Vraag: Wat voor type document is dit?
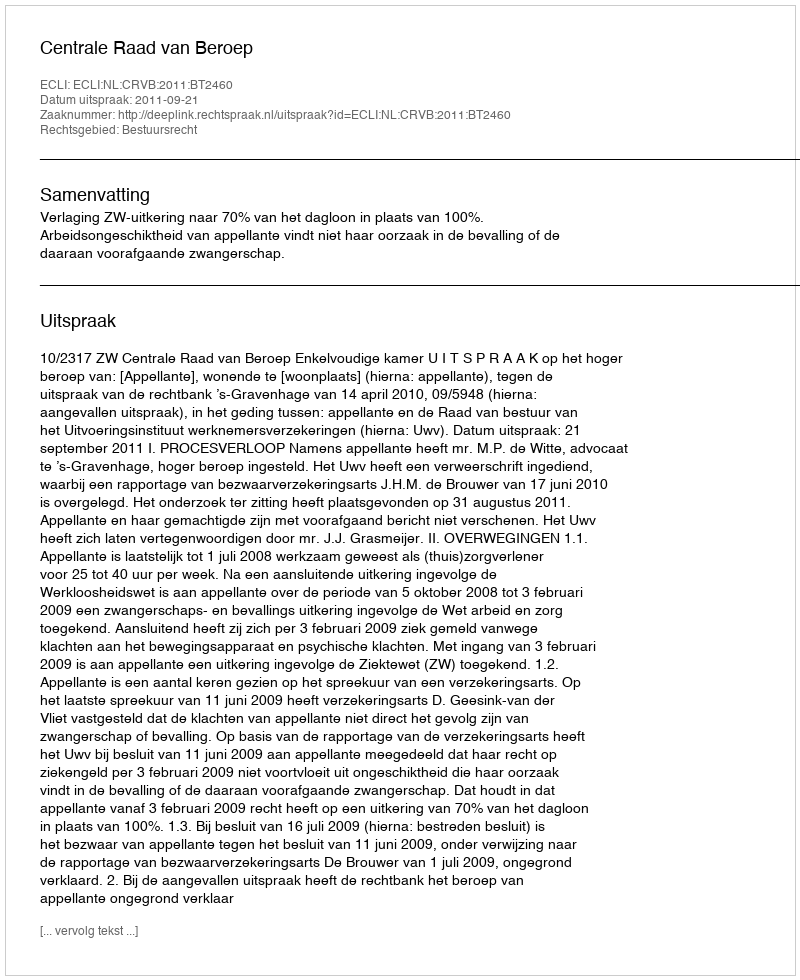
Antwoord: Uitspraak